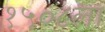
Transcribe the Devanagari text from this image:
१५०८ला